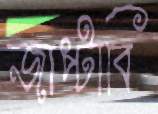
জাপ্‌টাবি